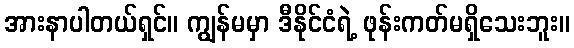
အားနာပါတယ်ရှင်။ ကျွန်မမှာ ဒီနိုင်ငံရဲ့ ဖုန်းကတ်မရှိသေးဘူး။